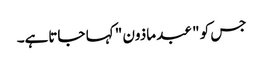
جس کو " عبد ماذون " کہا جاتاہے۔